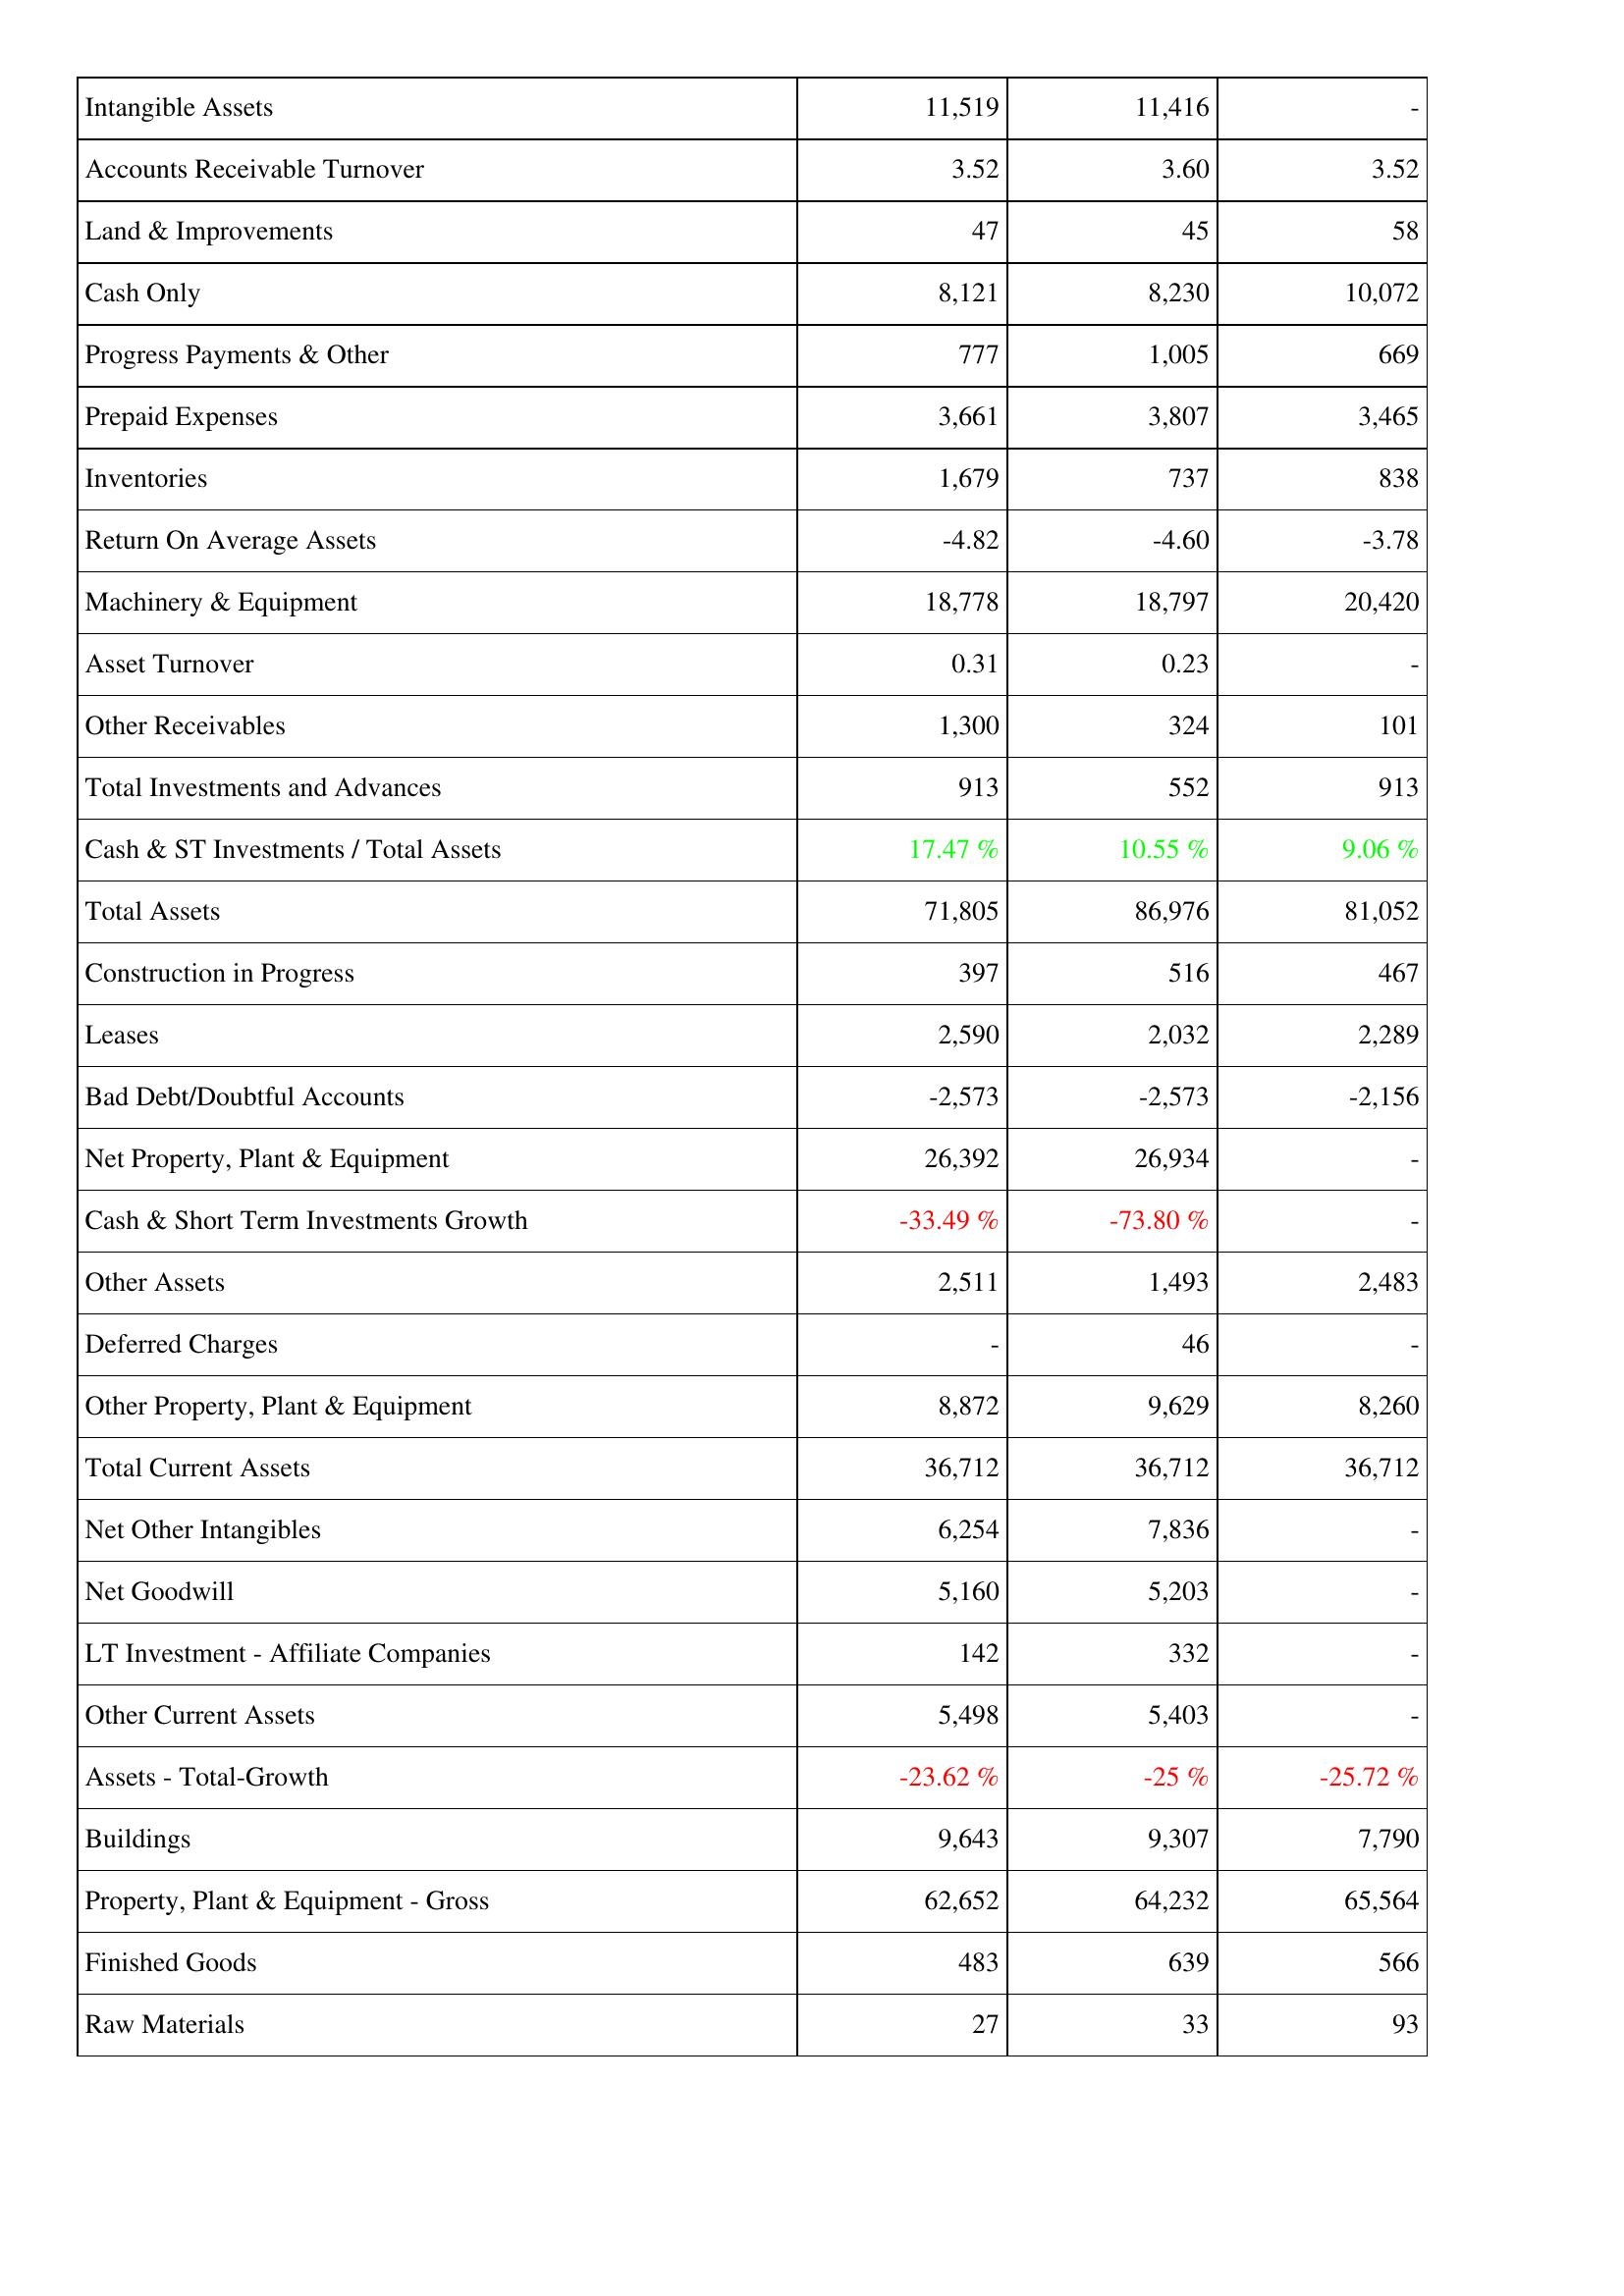
2016: Assets: Intangible Assets: 11,519
Accounts Receivable Turnover: 3.52
Land & Improvements: 47
Cash Only: 8,121
Progress Payments & Other: 777
Prepaid Expenses: 3,661
Inventories: 1,679
Return On Average Assets: -4.82
Machinery & Equipment: 18,778
Asset Turnover: 0.31
Other Receivables: 1,300
Total Investments and Advances: 913
Cash & ST Investments / Total Assets: 17.47 %
Total Assets: 71,805
Construction in Progress: 397
Leases: 2,590
Bad Debt/Doubtful Accounts: -2,573
Net Property, Plant & Equipment: 26,392
Cash & Short Term Investments Growth: -33.49 %
Other Assets: 2,511
Deferred Charges: -
Other Property, Plant & Equipment: 8,872
Total Current Assets: 36,712
Net Other Intangibles: 6,254
Net Goodwill: 5,160
LT Investment - Affiliate Companies: 142
Other Current Assets: 5,498
Assets - Total-Growth: -23.62 %
Buildings: 9,643
Property, Plant & Equipment - Gross: 62,652
Finished Goods: 483
Raw Materials: 27
2015: Assets: Intangible Assets: 11,416
Accounts Receivable Turnover: 3.60
Land & Improvements: 45
Cash Only: 8,230
Progress Payments & Other: 1,005
Prepaid Expenses: 3,807
Inventories: 737
Return On Average Assets: -4.60
Machinery & Equipment: 18,797
Asset Turnover: 0.23
Other Receivables: 324
Total Investments and Advances: 552
Cash & ST Investments / Total Assets: 10.55 %
Total Assets: 86,976
Construction in Progress: 516
Leases: 2,032
Bad Debt/Doubtful Accounts: -2,573
Net Property, Plant & Equipment: 26,934
Cash & Short Term Investments Growth: -73.80 %
Other Assets: 1,493
Deferred Charges: 46
Other Property, Plant & Equipment: 9,629
Total Current Assets: 36,712
Net Other Intangibles: 7,836
Net Goodwill: 5,203
LT Investment - Affiliate Companies: 332
Other Current Assets: 5,403
Assets - Total-Growth: -25 %
Buildings: 9,307
Property, Plant & Equipment - Gross: 64,232
Finished Goods: 639
Raw Materials: 33
2014: Assets: Intangible Assets: -
Accounts Receivable Turnover: 3.52
Land & Improvements: 58
Cash Only: 10,072
Progress Payments & Other: 669
Prepaid Expenses: 3,465
Inventories: 838
Return On Average Assets: -3.78
Machinery & Equipment: 20,420
Asset Turnover: -
Other Receivables: 101
Total Investments and Advances: 913
Cash & ST Investments / Total Assets: 9.06 %
Total Assets: 81,052
Construction in Progress: 467
Leases: 2,289
Bad Debt/Doubtful Accounts: -2,156
Net Property, Plant & Equipment: -
Cash & Short Term Investments Growth: -
Other Assets: 2,483
Deferred Charges: -
Other Property, Plant & Equipment: 8,260
Total Current Assets: 36,712
Net Other Intangibles: -
Net Goodwill: -
LT Investment - Affiliate Companies: -
Other Current Assets: -
Assets - Total-Growth: -25.72 %
Buildings: 7,790
Property, Plant & Equipment - Gross: 65,564
Finished Goods: 566
Raw Materials: 93